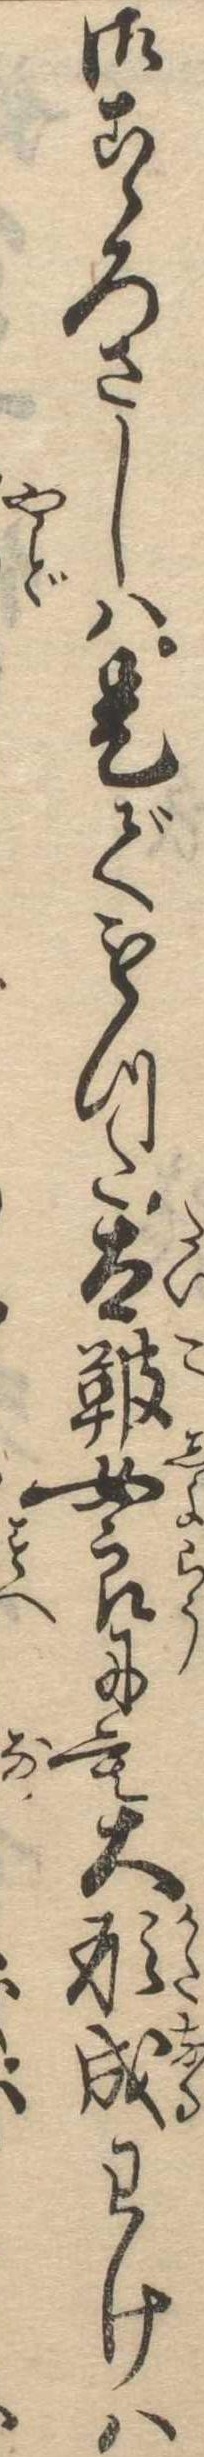
御こゝろさしは是でもつた太鞁女郎にも大形成わけは